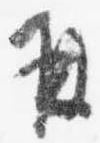
并